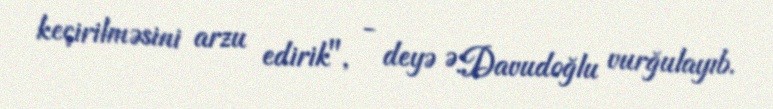
keçirilməsini arzu edirik", - deyə Ə.Davudoğlu vurğulayıb.